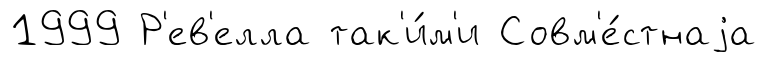
1999 Р'ев'елла так'и́м'и Совм'е́стнаjа